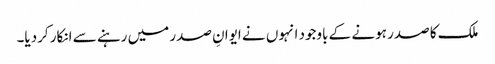
ملک کا صدر ہونے کے باوجود انہوں نے ایوانِ صدر میں رہنے سے انکار کردیا۔